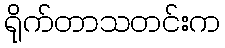
ရိုက်တာသတင်းက